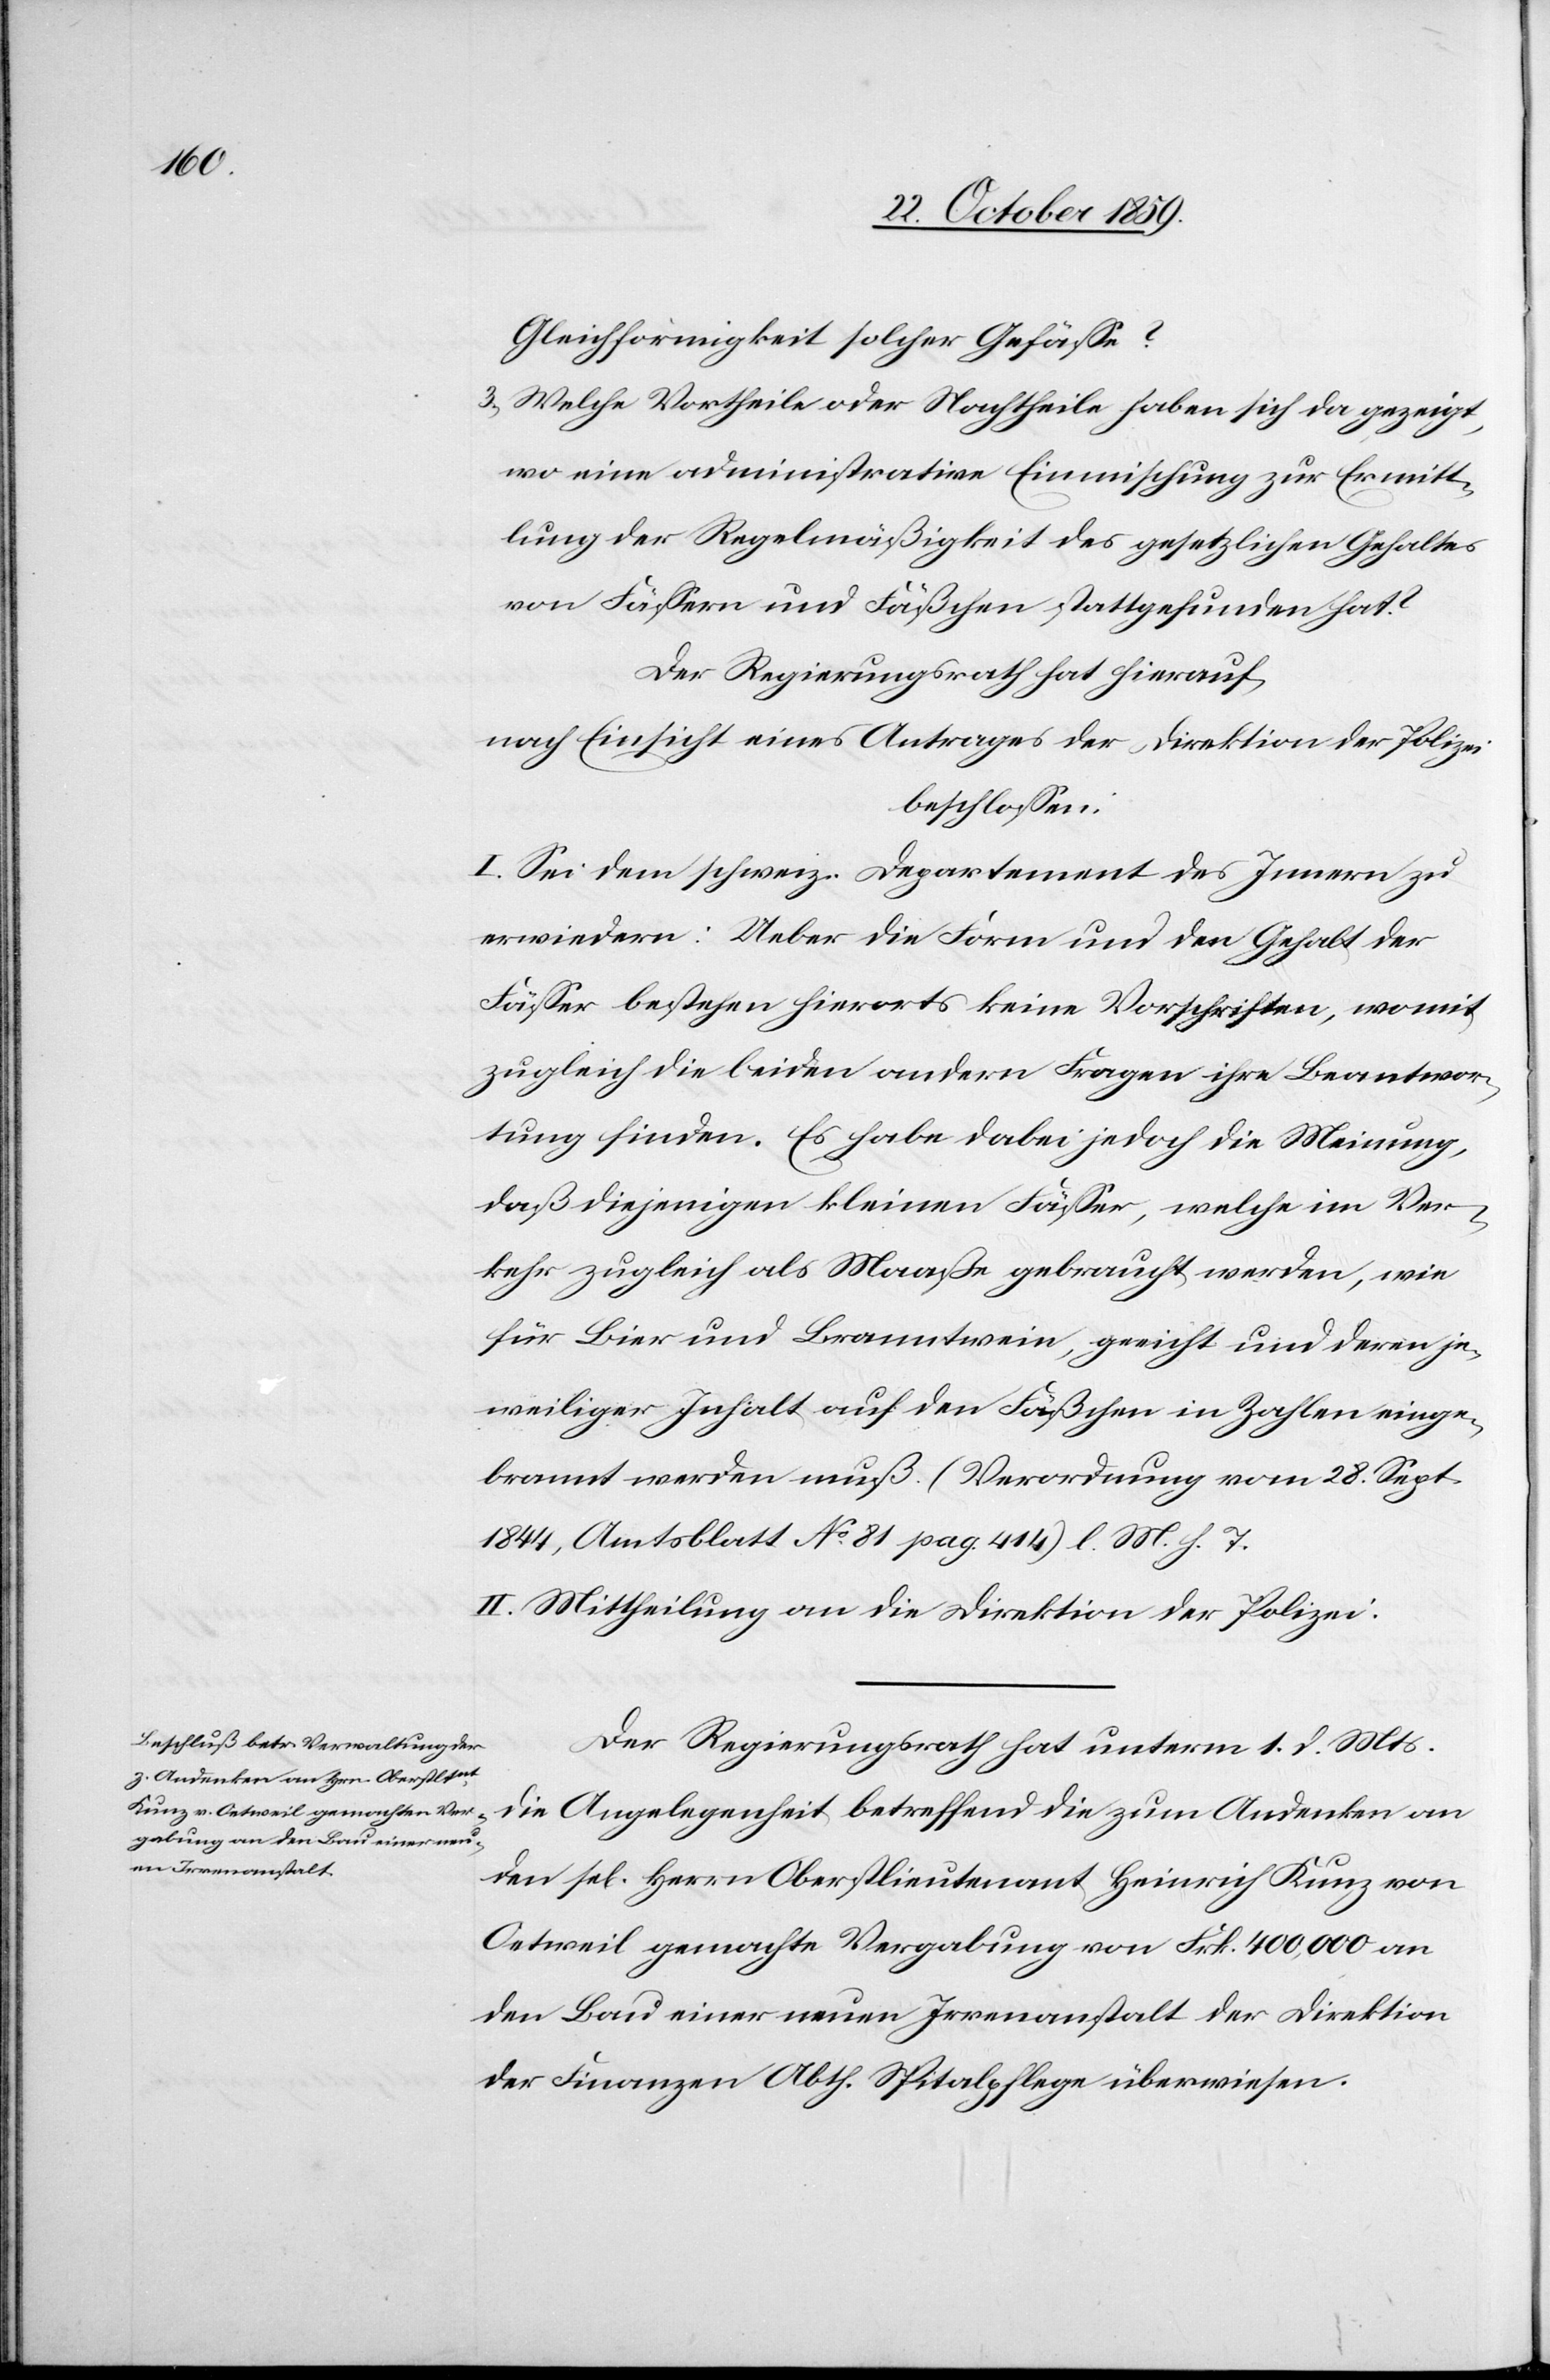
Gleichförmigkeit solcher Gefässe?
3) Welche Vortheile oder Nachtheile haben sich da gezeigt,
wo eine administrative Einmischung zur Ermitt¬
lung der Regelmäßigkeit des gesetzlichen Gehaltes
von Fässern und Fäßchen stattgefunden hat?
Der Regierungsrath hat hierauf,
nach Einsicht eines Antrages der Direktion der Polizei
beschlossen:
I. Sei dem schweiz. Departement des Innern zu
erwiedern: Ueber die Form und den Gehalt der
Fässer bestehen hierorts keine Vorschriften, womit
zugleich die beiden anderen Fragen ihre Beantwor¬
tung finden. Es habe dabei jedoch die Meinung,
daß diejenigen kleinen Fässer, welche im Ver¬
kehr zugleich als Maaße gebraucht werden, wie
für Bier und Branntwein, geeicht und deren je¬
weiliger Inhalt auf den Fäßchen in Zahlen einge¬
brannt werden muß. (Verordnung vom 28. Sept.
1844, Amtsblatt No 81 pag. 414) l. M. h. T.
II. Mittheilung an die Direktion der Polizei.
Der Regierungsrath hat unterm 1. d. Mts.
die Angelegenheit betreffend die zum Andenken an
den sel. Herrn Oberstlieutnant Heinrich Kunz von
Oetweil gemachte Vergabung von Frk. 400,000 an
den Bau einer neuen Irrenanstalt der Direktion
der Finanzen Abth. Spitalpflege überwiesen.